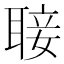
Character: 𮋵